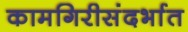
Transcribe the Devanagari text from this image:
कामगिरीसंदर्भात